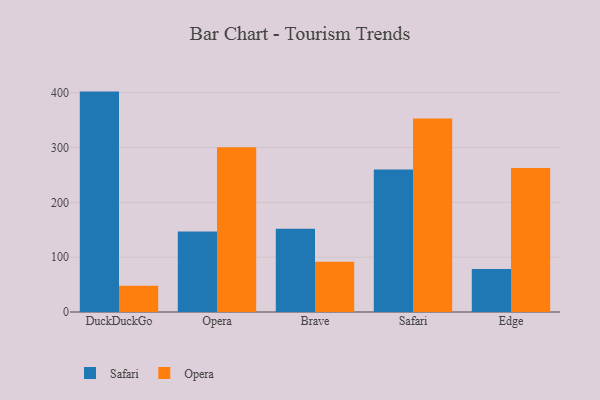
{"axis": {"x": "Browser", "y": "Temperature (°C)"}, "legend": ["Opera", "Safari"], "data": [{"x": "DuckDuckGo", "y": 402.0, "type": "Safari"}, {"x": "DuckDuckGo", "y": 47.7, "type": "Opera"}, {"x": "Opera", "y": 146.7, "type": "Safari"}, {"x": "Opera", "y": 300.3, "type": "Opera"}, {"x": "Brave", "y": 151.8, "type": "Safari"}, {"x": "Brave", "y": 91.5, "type": "Opera"}, {"x": "Safari", "y": 259.8, "type": "Safari"}, {"x": "Safari", "y": 353.0, "type": "Opera"}, {"x": "Edge", "y": 78.3, "type": "Safari"}, {"x": "Edge", "y": 262.6, "type": "Opera"}]}